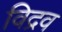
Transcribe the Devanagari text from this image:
विद्रव